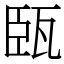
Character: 㼢